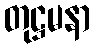
တုဋ္ဌမနာ